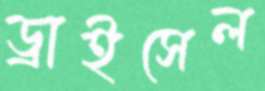
ড্রাইসেল